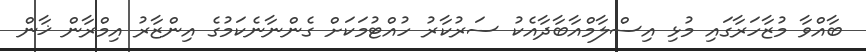
ބާއްވާ މުޒާހަރާގައި މުޅި އިސްލާމްއާބާދާއެކު ސަރުކާރު ހުއްޓުމަކަށް ގެންނާނެކަމުގެ އިންޒާރު އިމްރާން ޚާން